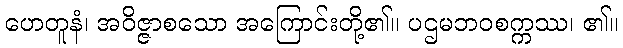
ဟေတူနံ၊ အဝိဇ္ဇာစသော အကြောင်းတို့၏။ ပဌမဘဝစက္ကဿ၊ ၏။